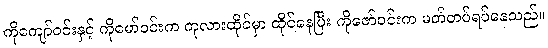
ကိုကျော်ဝင်းနှင့် ကိုမော်ဝင်းက ကုလားထိုင်မှာ ထိုင်နေပြီး ကိုဇော်ဝင်းက မတ်တပ်ရပ်နေသည်။